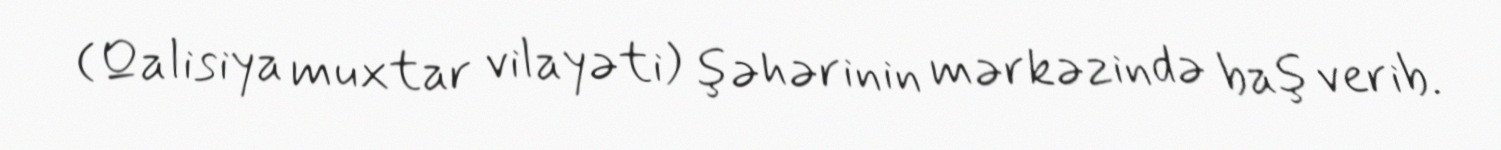
(Qalisiya muxtar vilayəti) şəhərinin mərkəzində baş verib.